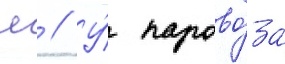
лв // У́ парово́за